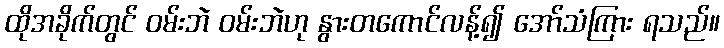
ထိုအခိုက်တွင် ဝမ်းဘဲ ဝမ်းဘဲဟု နွားတကောင်လန့်၍ အော်သံကြား ရသည်။